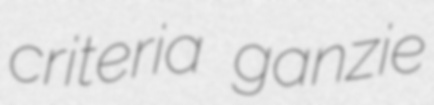
criteria ganzie